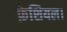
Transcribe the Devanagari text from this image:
फ़ेशियल।